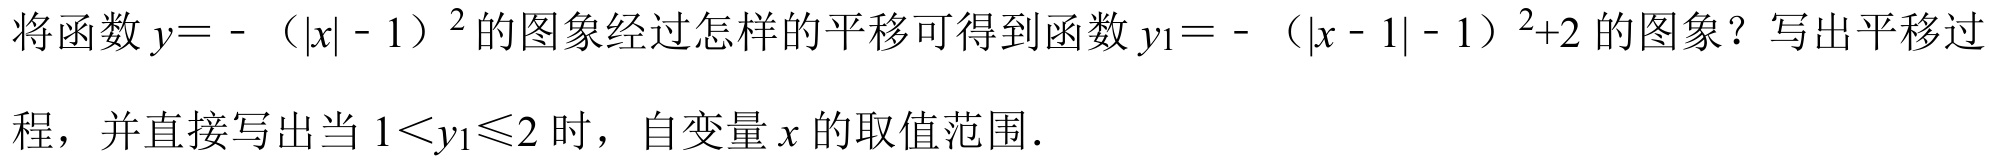
将函数\(y = - (|x| - 1)^2\)的图象经过怎样的平移可得到函数\(y_1 = - (|x - 1| - 1)^2 + 2\)的图象？写出平移过程，并直接写出当\(1 < y_1\leqslant2\)时，自变量\(x\)的取值范围.